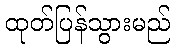
ထုတ်ပြန်သွားမည်